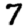
Digit: 7